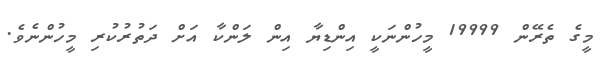
މީގެ ތެރޭން 19999 މީހުންނަކީ އިންޑިޔާ އިން ލަންކާ އަށް ދަތުރުކުރި މީހުންނެވެ.